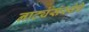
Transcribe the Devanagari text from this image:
नाट्यंसंस्थेचे